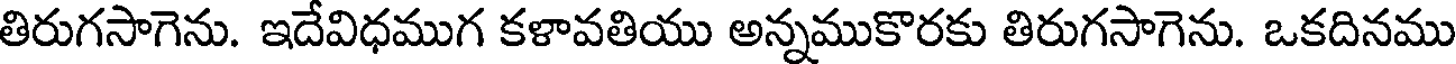
తిరుగసాగెను. ఇదేవిధముగ కళావతియు అన్నముకొరకు తిరుగసాగెను. ఒకదినము